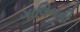
ગાલિબની